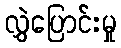
လွှဲပြောင်းမှု